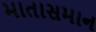
માતાસમાન